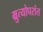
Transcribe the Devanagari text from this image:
म्रुत्योपरांत